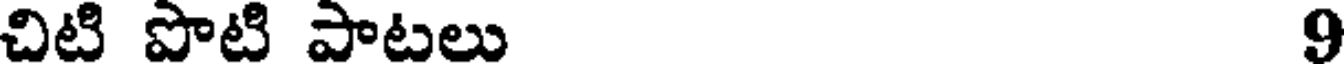
చిటి పొటి పాటలు 9